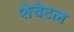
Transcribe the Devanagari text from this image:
शेचेटल